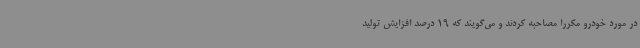
در مورد خودرو مکررا مصاحبه کردند و می‌گویند که 19 درصد افزایش تولید